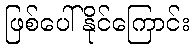
ဖြစ်ပေါ်နိုင်ကြောင်း